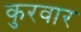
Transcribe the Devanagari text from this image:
कुरवार